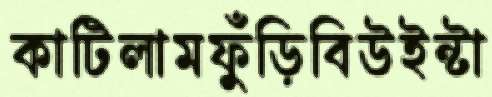
কাটিলামফুঁড়িবিউইন্টা